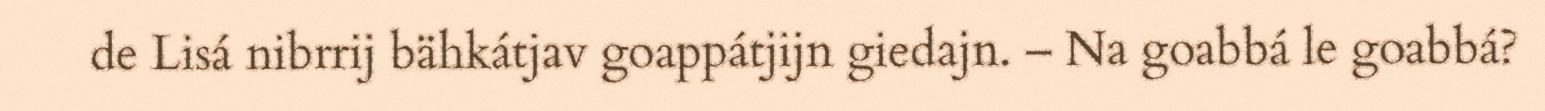
de Lisá nibrrij bähkátjav goappátjijn giedajn. – Na goabbá le goabbá?